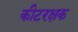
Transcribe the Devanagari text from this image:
कीटरक्षक